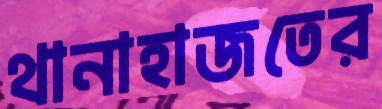
থানাহাজতের